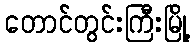
တောင်တွင်းကြီးမြို့